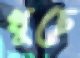
খুচে